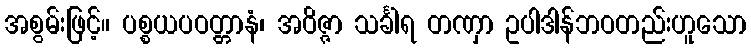
အစွမ်းဖြင့်။ ပစ္စယပဝတ္တာနံ၊ အဝိဇ္ဇာ သင်္ခါရ တဏှာ ဥပါဒါန်ဘဝတည်းဟူသော